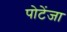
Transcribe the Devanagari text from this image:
पोटेंजा